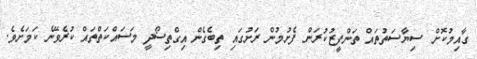
ގާއިމުކޮށް ސިޔާސަތުތައް ތަންފީޒުކުރަން ފެށުމުން ރަށުގައި ތިބެގެން އިގްތިސޯދީ މަސައްކަތްތައް ކުރެވޭނެ ކަމަށެވެ.